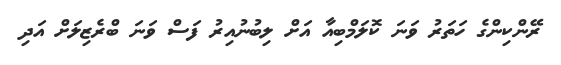
ރޭންކިންގެ ހަތަރު ވަނަ ކޮލަމްބިއާ އަށް ލިބުނުއިރު ފަސް ވަނަ ބްރެޒިލަށް އަދި